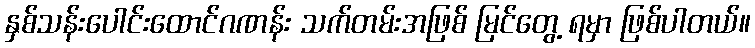
နှစ်သန်းပေါင်းထောင်ဂဏန်း သက်တမ်းအဖြစ် မြင်တွေ့ ရမှာ ဖြစ်ပါတယ်။